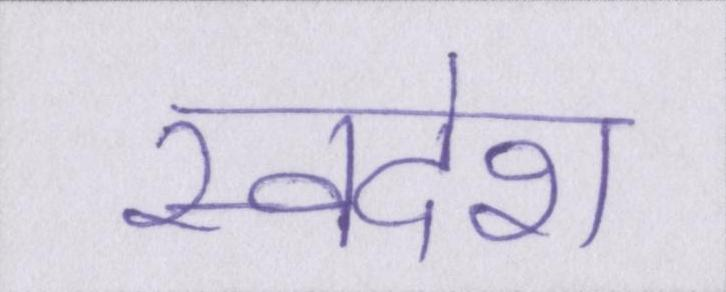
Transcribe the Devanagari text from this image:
स्वदेश